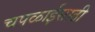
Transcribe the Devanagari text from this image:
चपळाईसाठी